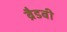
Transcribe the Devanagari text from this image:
ब्रैडबी